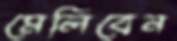
মেলিবেন